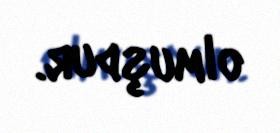
olmuşdur.